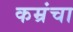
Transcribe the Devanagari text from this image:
कम्रंचा